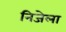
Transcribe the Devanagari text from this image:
निजेला